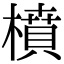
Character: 橨